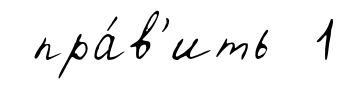
пра́в'ить 1